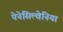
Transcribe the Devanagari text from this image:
पेनेसिल्वेनिया